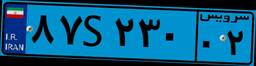
۸۷S۲۳۰۰۲